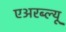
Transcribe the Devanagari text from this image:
एअरब्ल्यू